Report of the Indian Hemp Drugs Commission, 1894-1895 - Volume VII
Year: 1894
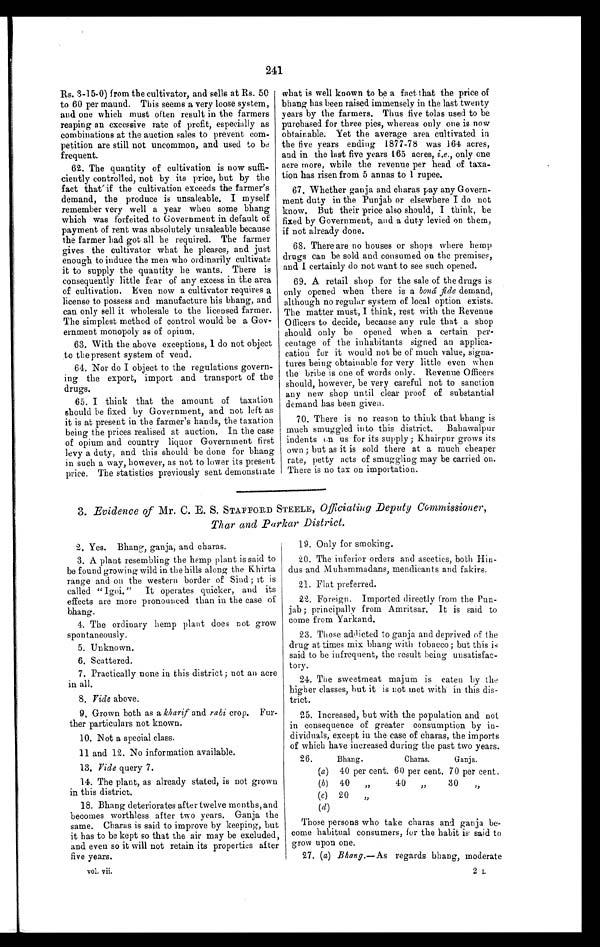
241
Rs. 3-15-0) from the cultivator, and sells at Rs. 50
to 60 per maund. This seems a very loose system,
and one which must often result in the farmers
reaping an excessive rate of profit, especially as
combinations at the auction sales to prevent com-
petition are still not uncommon, and used to be
frequent.
62. The quantity of cultivation is now suffi-
ciently controlled, not by its price, but by the
fact that if the cultivation exceeds the farmer's
demand, the produce is unsaleable. I myself
remember very well a year when some bhang
which was forfeited to Government in default of
payment of rent was absolutely unsaleable because
the farmer had got all he required. The farmer
gives the cultivator what he pleases, and just
enough to induce the men who ordinarily cultivate
it to supply the quantity he wants. There is
consequently little fear of any excess in the area
of cultivation. Even now a cultivator requires a
license to possess and manufacture his bhang, and
can only sell it wholesale to the licensed farmer.
The simplest method of control would be a Gov-
ernment monopoly as of opium.
63. With the above exceptions, I do not object
to the present system of vend.
64. Nor do I object to the regulations govern-
ing the export, import and transport of the
drugs.
65. I think that the amount of taxation
should be fixed by Government, and not left as
it is at present in the farmer's hands, the taxation
being the prices realised at auction. In the case
of opium and country liquor Government first
levy a duty, and this should be done for bhang
in such a way, however, as not to lower its present
price. The statistics previously sent demonstrate
what is well known to be a fact that the price of
bhang has been raised immensely in the last twenty
years by the farmers. Thus five toles used to be
purchased for three pies, whereas only one is now
obtainable. Yet the average area cultivated in
the five years ending 1877-78 was 164 acres,
and in the last five years l65 acres, i.e.,o n l y o n e
acre more, while the revenue per head of taxa-
tion has risen from 5 annas to 1 rupee.
67. Whether ganja and charas pay any Govern-
ment duty in the Punjab or elsewhere I do not
know. But their price also should, I think, be
fixed by Government, and a duty levied on them,
if not already done.
68. There are no houses or shops where hemp
drugs can be sold and consumed on the premises,
and I certainly do not want to see such opened.
69. A retail shop for the sale of the drugs is
only opened when there is a boná fide demand,
although no regular system of local option exists.
The matter must, I think, rest with the Revenue
Officers to decide, because any rule that a shop
should only be opened when a certain per-
centage of the inhabitants signed an applica-
cation for it would not be of much value, signa-
tures being obtainable for very little even when
the bribe is one of words only. Revenue Officers
should, however, be very careful not to sanction
any new shop until clear proof of substantial
demand has been given.
70. There is no reason to think that bhang is
much smuggled into this district. Bahawalpur
indents on us for its supply ; Khairpur grows its
own ; but as it is sold there at a much cheaper
rate, petty acts of smuggling may be carried on.
There is no tax on importation.
3. Evidence of Mr. C. E. S. STAFFORD STEELE, Officiating Deputy Commissioner,
Thar and Parkar District.
2. Yes. Bhang, ganja, and charas.
3. A plant resembling the hemp plant is said to
be found growing wild in the hills along the Khirta
range and on the western border of Sind ; it is
called "Igoi." It operates quicker, and its
effects are more pronounced than in the case of
bhang.
4. The ordinary hemp plant does not grow
spontaneously.
5. Unknown.
6. Scattered.
7. Practically none in this district ; not an acre
in all.
8. Vide above.
9. Grown both as a kharif and rabi crop. Fur-
ther particulars not known.
10. Not a special class.
11 and 12. No information available.
13. ride query 7.
14. The plant, as already stated, is not grown
in this district.
18. Bhang deteriorates after twelve months, and
becomes worthless after two years. Ganja the
same. Charas is said to improve by keeping, but
it has to be kept so that the air may be excluded,
and even so it will not retain its properties after
five years.
vol. vii.
19. Only for smoking.
20. The inferior orders and ascetics, both Hin-
dus and Muhammadans, mendicants and fakirs.
21. Flat preferred.
22. Foreign. Imported directly from the Pun-
jab ; principally from Amritsar. It is said to
come from Yarkand.
23. Those addicted to ganja and deprived of the
drug at times mix bhang with tobacco ; but this is
said to he infrequent, the result being unsatisfac-
tory.
24. The sweetmeat majum is eaten by the
higher classes, but it is not met with in this dis-
trict.
25. Increased, but with the population and not
in consequence of greater consumption by in-
dividuals, except in the case of charas, the imports
of which have increased during the past two years.
26.
Bhang.
Charas.
Ganja.
(a) 40 per cent. 60 per cent. 70 per cent.
(b) 40 „
40 „
30 „
(c) 20 „
(d)
Those persons who take charas and ganja be-
come habitual consumers, for the habit is said to
grow upon one.
27. (a) Bhang. —As regards bhang, moderate
2 L